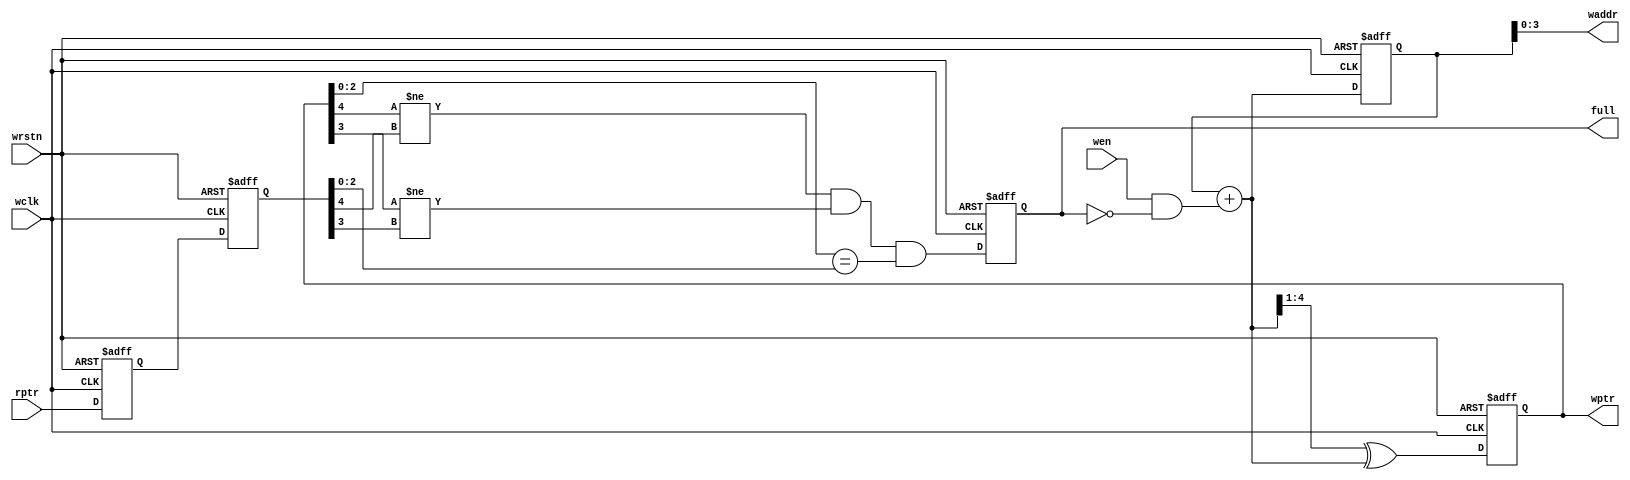
module write(full,waddr,wptr,wclk,wen,wrstn,rptr);
    parameter A_SIZE = 4;

    output              full;
    output [A_SIZE-1:0] waddr;
    output [A_SIZE  :0] wptr;
    input               wclk,wen,wrstn;
    input  [A_SIZE:0]   rptr;

    reg  [A_SIZE:0] bin_reg,gray_reg;
    wire [A_SIZE:0] bin_next,gray_next;
    reg  [A_SIZE:0] wrptr2,wrptr1;
    reg             full_reg;

    assign bin_next  = bin_reg+{{A_SIZE-1{1'b0}},(wen&~full)};
    assign gray_next = {1'b0,bin_next[A_SIZE:1]} ^ bin_next;

    always@(posedge wclk,negedge wrstn)
        if(!wrstn)
            {bin_reg,gray_reg}<=0;
        else
            {bin_reg,gray_reg}<={bin_next,gray_next};

    assign waddr = bin_reg[A_SIZE-1:0];
    assign wptr  = gray_reg;

    always@(posedge wclk,negedge wrstn)
        if(!wrstn)
            {wrptr2,wrptr1}<=0;
        else
            {wrptr2,wrptr1}<={wrptr1,rptr};

    always@(posedge wclk,negedge wrstn)
        if(!wrstn)
            full_reg<=1'b0;
        else
            full_reg<=(wptr[A_SIZE]!=wrptr2[A_SIZE])&&(wptr[A_SIZE-1]!=wrptr2[A_SIZE-1])&&(wptr[A_SIZE-2:0]==wrptr2[A_SIZE-2:0]);

    assign full=full_reg;
endmodule